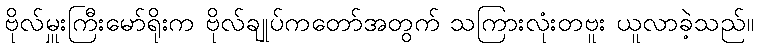
ဗိုလ်မှူးကြီးမော်ရိုးက ဗိုလ်ချုပ်ကတော်အတွက် သကြားလုံးတဗူး ယူလာခဲ့သည်။